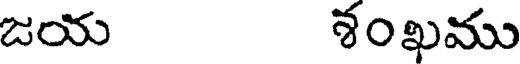
జయ శంఖము